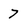
Character: 7